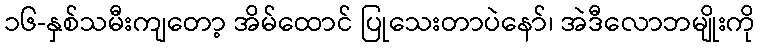
၁၆-နှစ်သမီးကျတော့ အိမ်ထောင် ပြုသေးတာပဲနော်၊ အဲဒီလောဘမျိုးကို